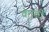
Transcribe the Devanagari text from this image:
वेनुकी